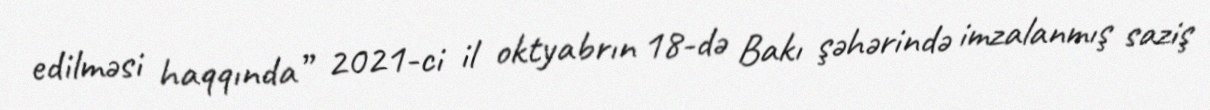
edilməsi haqqında” 2021-ci il oktyabrın 18-də Bakı şəhərində imzalanmış saziş